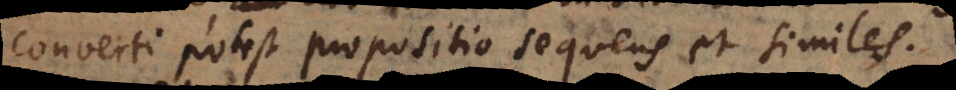
converti potest propositio sequens et similes.